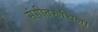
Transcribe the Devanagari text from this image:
संगीतरूचिला